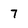
Character: 7